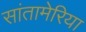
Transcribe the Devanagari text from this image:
सांतामेरिया